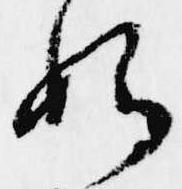
始